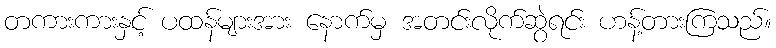
တကားကားနှင့် ပထန်များအား နောက်မှ အတင်းလိုက်ဆွဲရင်း ဟန့်တားကြသည်။